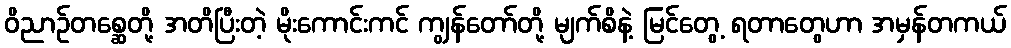
ဝိညာဉ်တစ္ဆေတို့ အတိပြီးတဲ့ မိုးကောင်းကင် ကျွန်တော်တို့ မျက်စိနဲ့ မြင်တွေ့ ရတာတွေဟာ အမှန်တကယ်